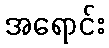
အရောင်း